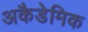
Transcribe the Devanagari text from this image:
अकैडेमिक